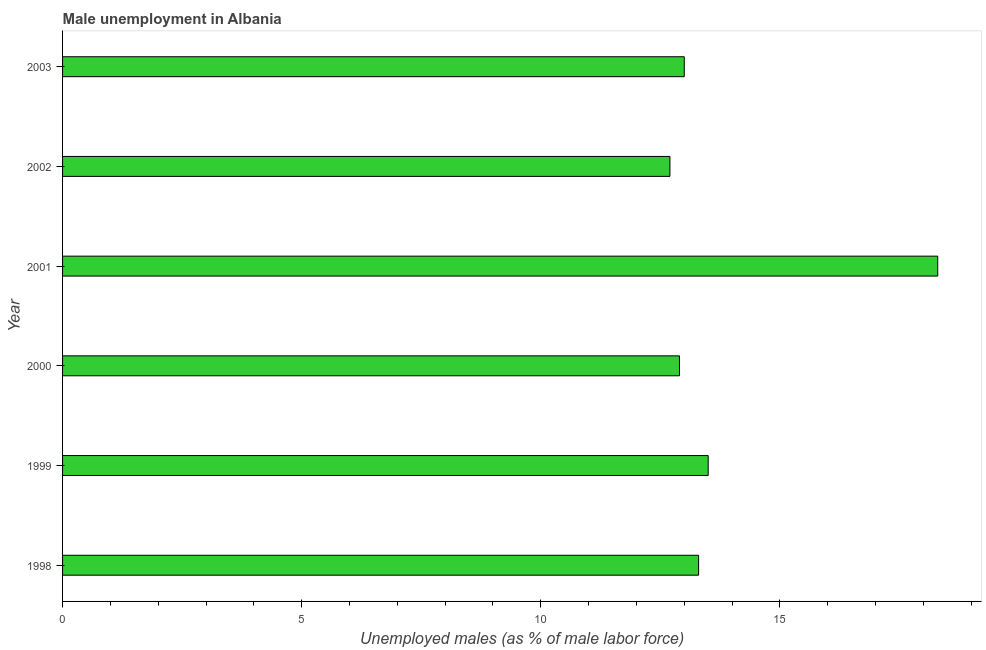
| Year | Unemployment |
 | --- | --- |
 | 1998 | 13.3 |
 | 1999 | 13.5 |
 | 2000 | 12.9 |
 | 2001 | 18.3 |
 | 2002 | 12.7 |
 | 2003 | 13 |